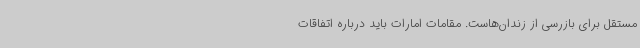
مستقل برای بازرسی از زندان‌هاست. مقامات امارات باید درباره اتفاقات